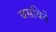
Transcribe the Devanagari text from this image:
बसविते